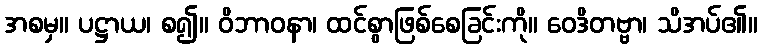
အစမှ။ ပဋ္ဌာယ၊ စ၍။ ဝိဘာဝနာ၊ ထင်စွာဖြစ်စေခြင်းကို။ ဝေဒိတဗ္ဗာ၊ သိအပ်၏။